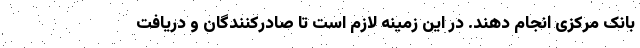
بانک مرکزی انجام دهند. در این زمینه لازم است تا صادرکنندگان و دریافت